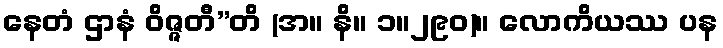
နေတံ ဌာနံ ဝိဇ္ဇတီ”တိ (အ။ နိ။ ၁။၂၉၀)။ လောကိယဿ ပန